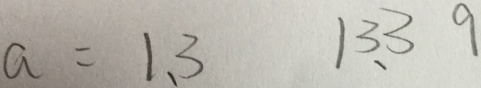
a = 1 . 3 1 3 . 3 9